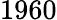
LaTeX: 1960